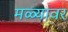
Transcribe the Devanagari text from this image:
मळ्यावर